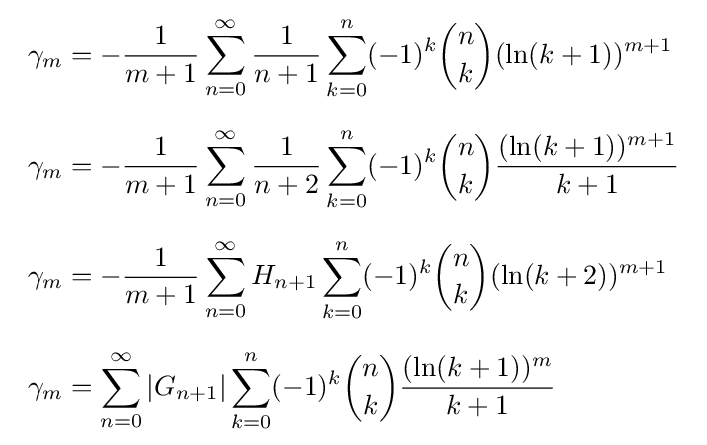
{\begin{array}{l}\displaystyle \gamma _{m}=-{\frac {1}{m+1}}\sum _{n=0}^{\infty }{\frac {1}{n+1}}\sum _{k=0}^{n}(-1)^{k}{\binom {n}{k}}(\ln(k+1))^{m+1}\\[7mm]\displaystyle \gamma _{m}=-{\frac {1}{m+1}}\sum _{n=0}^{\infty }{\frac {1}{n+2}}\sum _{k=0}^{n}(-1)^{k}{\binom {n}{k}}{\frac {(\ln(k+1))^{m+1}}{k+1}}\\[7mm]\displaystyle \gamma _{m}=-{\frac {1}{m+1}}\sum _{n=0}^{\infty }H_{n+1}\sum _{k=0}^{n}(-1)^{k}{\binom {n}{k}}(\ln(k+2))^{m+1}\\[7mm]\displaystyle \gamma _{m}=\sum _{n=0}^{\infty }\left|G_{n+1}\right|\sum _{k=0}^{n}(-1)^{k}{\binom {n}{k}}{\frac {(\ln(k+1))^{m}}{k+1}}\end{array}}